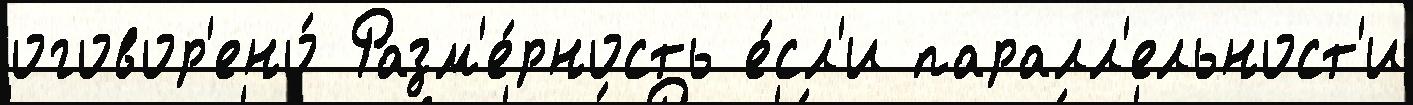
оговор'ено́ Разм'е́рность е́сл'и паралл'ельност'и